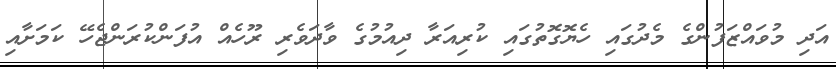
އަދި މުވައްޒަފުންގެ މެދުގައި ހެޔޮގޮތުގައި ކުރިއަރާ ދިއުމުގެ ވާދަވެރި ރޫހެއް އުފަންކުރަންޖެހޭ ކަމަށާއި